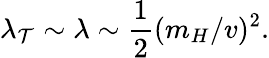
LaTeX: \lambda_{\mathcal{T}}\sim\lambda\sim\frac{{1}}{{2}}(m_{H}/v)^{2}.